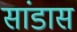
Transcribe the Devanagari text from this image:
सांडास